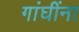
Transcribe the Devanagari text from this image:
गांघींना